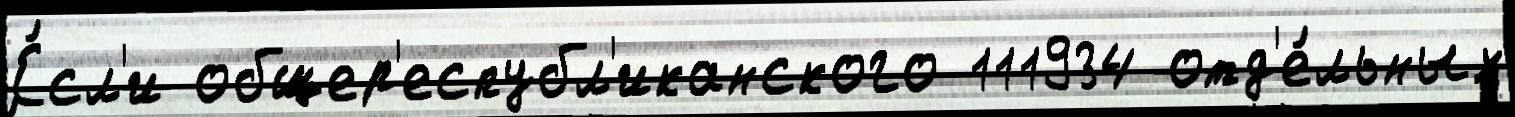
Е́сл'и общер'еспубл'иканского 111934 отд'е́льных